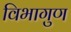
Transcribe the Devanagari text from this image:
विभागुण